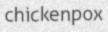
chickenpox